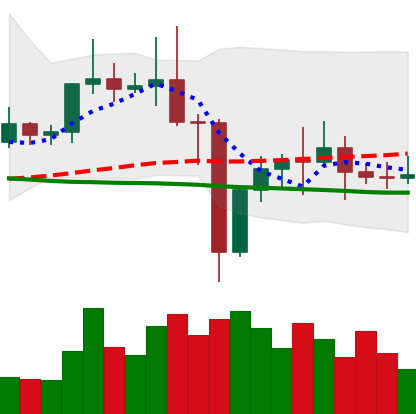
Ticker: ETC-USD
Chart end date: 2021-01-01
Forward return: 33.056%
Label: up_7plus